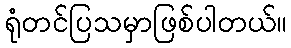
ရုံတင်ပြသမှာဖြစ်ပါတယ်။